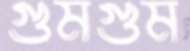
গুমগুম